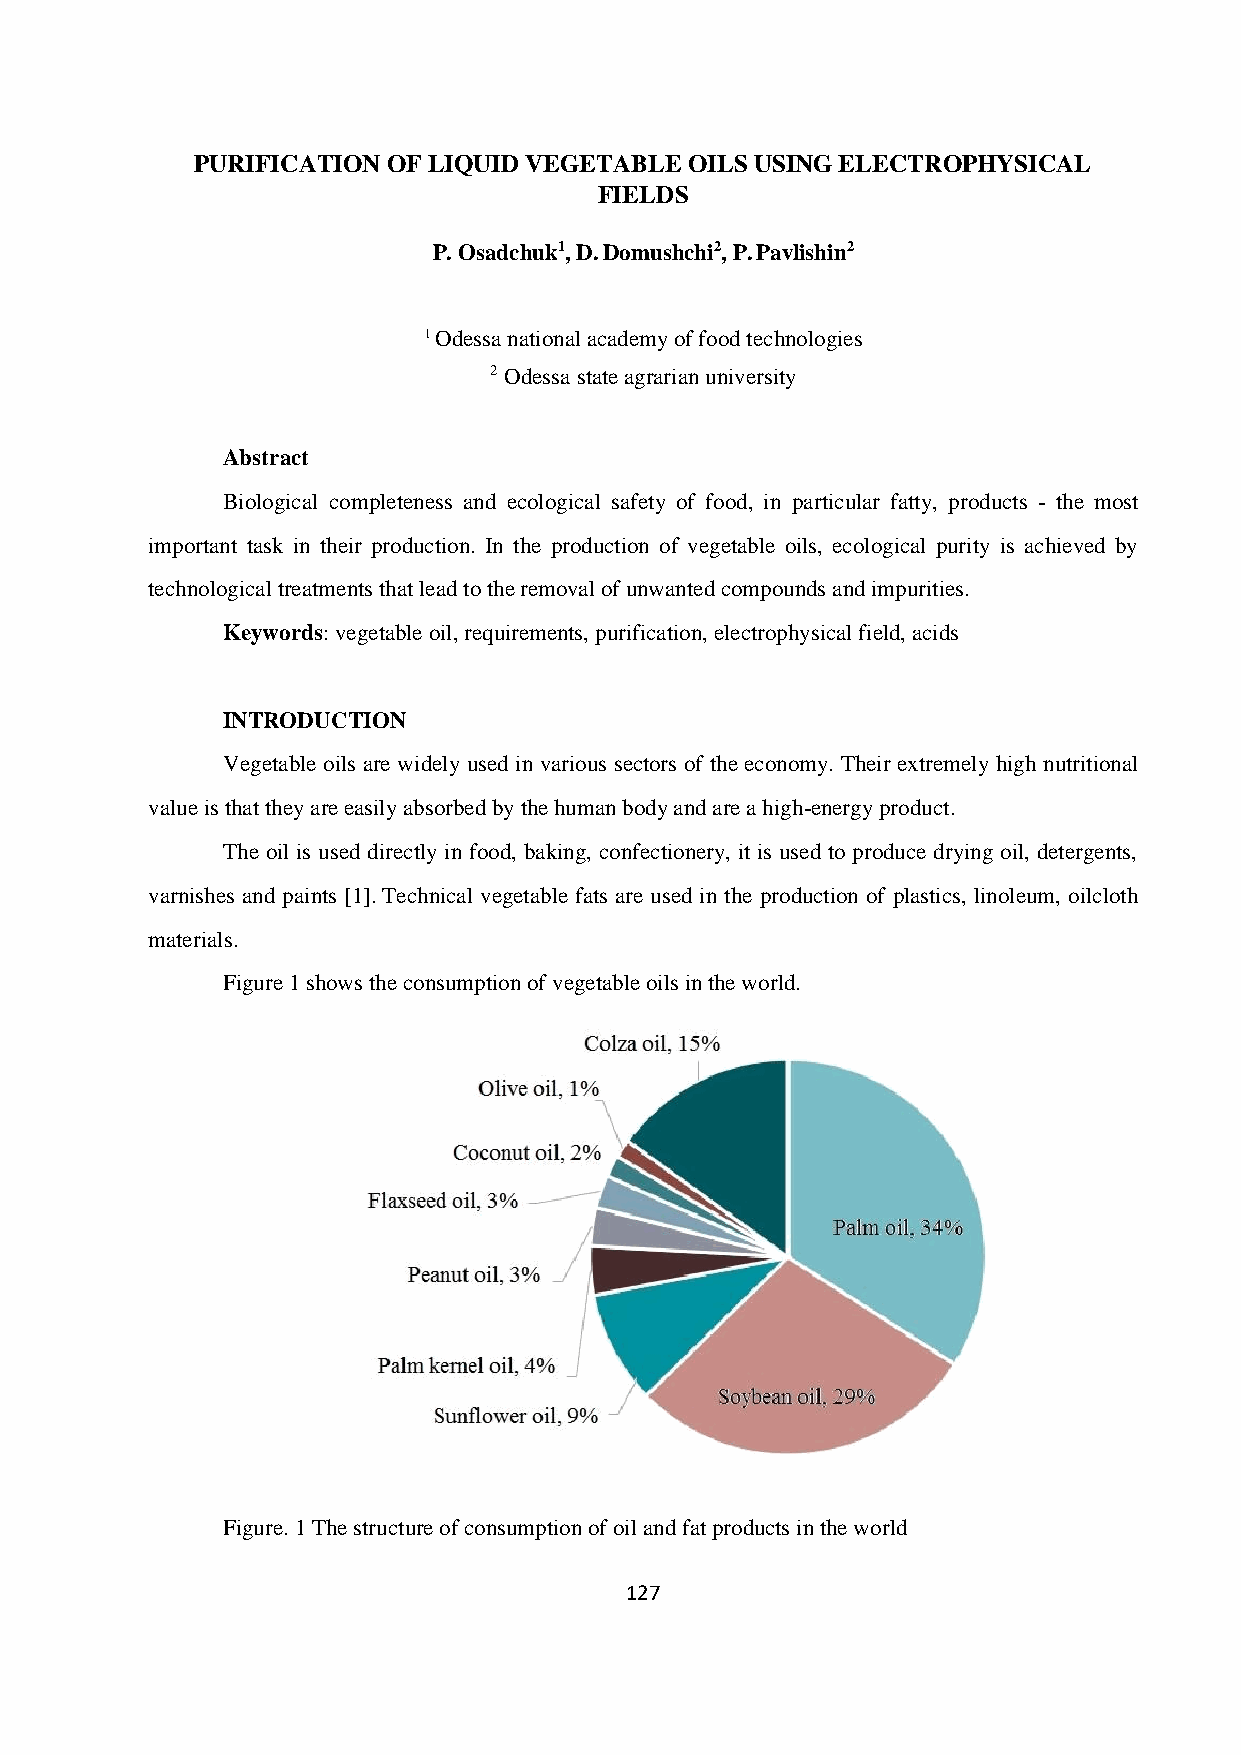
PURIFICATION OF LIQUID VEGETABLE OILS USING ELECTROPHYSICAL
 FIELDS
 P. Osadchuk1, D. Domushchi2, P. Pavlishin2
 1 Odessa national academy of food technologies
 2 Odessa state agrarian university
 Abstract
 Biological completeness and ecological safety of food, in particular fatty, products - the most
 important task in their production. In the production of vegetable oils, ecological purity is achieved by
 technological treatments that lead to the removal of unwanted compounds and impurities.
 Keywords: vegetable oil, requirements, purification, electrophysical field, acids
 INTRODUCTION
 Vegetable oils are widely used in various sectors of the economy. Their extremely high nutritional
 value is that they are easily absorbed by the human body and are a high-energy product.
 The oil is used directly in food, baking, confectionery, it is used to produce drying oil, detergents,
 varnishes and paints [1]. Technical vegetable fats are used in the production of plastics, linoleum, oilcloth
 materials.
 Figure 1 shows the consumption of vegetable oils in the world.
 Figure. 1 The structure of consumption of oil and fat products in the world
 127